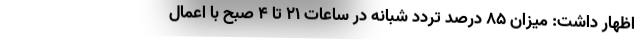
اظهار داشت: میزان ۸۵ درصد تردد شبانه در ساعات ۲۱ تا ۴ صبح با اعمال